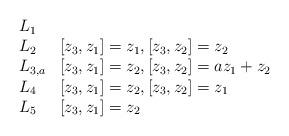
LaTeX: \begin{align*}\begin{array}{llll}L_1 & \\L_2 & [z_3,z_1]=z_1, [z_3,z_2]=z_2 \\L_{3,a} & [z_3,z_1]=z_2, [z_3,z_2]=az_1+z_2 \\L_{4} & [z_3,z_1]=z_2, [z_3,z_2]=z_1 \\L_{5} & [z_3,z_1]=z_2\end{array}\end{align*}